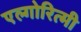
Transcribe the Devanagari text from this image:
एल्गोरित्मी